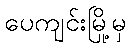
ပေကျင်းမြို့မှ